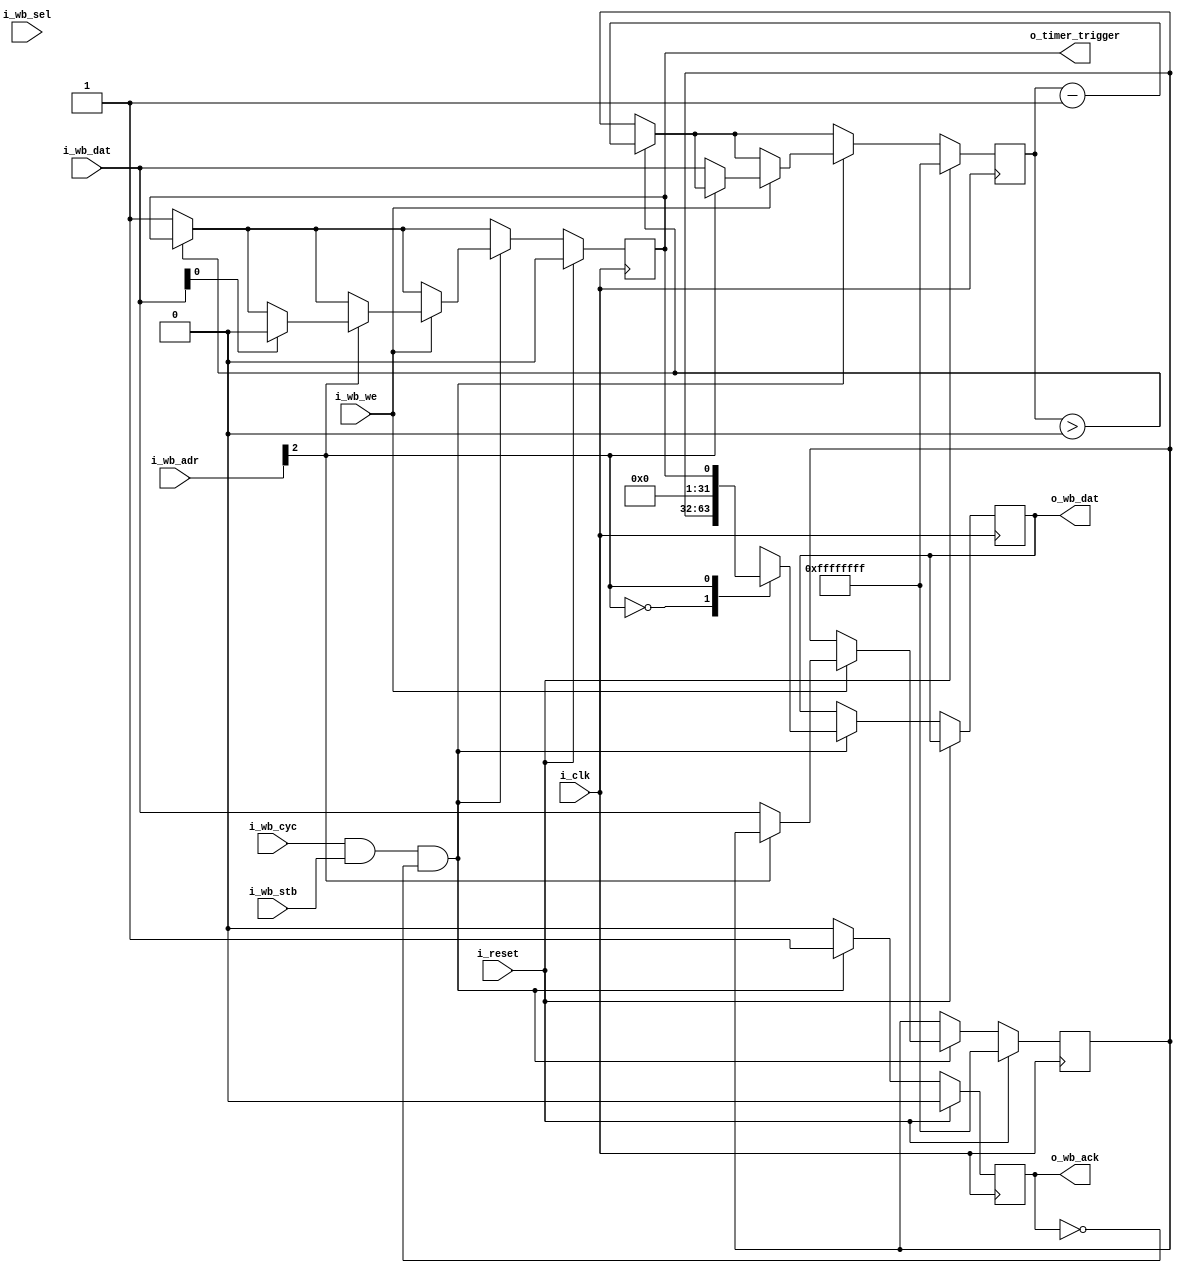
`default_nettype none

module timer_wb(
`ifdef USE_POWER_PINS
  inout vccd1,	// User area 1 1.8V supply
  inout vssd1,	// User area 1 digital ground
`endif
  // RCC
  input wire i_clk,
  input wire i_reset,
  // Trigger out signal
  output wire o_timer_trigger,
  // Wishbone
  input  wire [31:0] i_wb_adr,
  input  wire [31:0] i_wb_dat,
  input  wire  [3:0] i_wb_sel,
  input  wire        i_wb_we,
  input  wire        i_wb_cyc,
  input  wire        i_wb_stb,
  output reg  [31:0] o_wb_dat,
  output reg         o_wb_ack
);

// Default prescaler value. Reloaded on reset.
parameter DEFAULT_PRESCALER = 32'hFFFF_FFFF;

// Prescaler value. Reloaded onto the downcounter on update.
reg [31:0] prescaler = DEFAULT_PRESCALER;

// Downcounter. Trigger output is latched high when this hits zero.
reg [31:0] downcounter = DEFAULT_PRESCALER;

// Register the output trigger signal
reg timer_trigger = 0;
assign o_timer_trigger = timer_trigger;

// Bit indices for the flags register
localparam wb_r_FLAGS__TRIGGER = 0;

// Flags register is just a collection of bits, in this case just the trigger
wire [31:0] flags;
assign flags[wb_r_FLAGS__TRIGGER] = timer_trigger;
assign flags[31:1] = 0;

// Wishbone register addresses
// Each register is 32 bits wide
localparam
    wb_r_PRESCALER  = 1'b0,
    wb_r_FLAGS      = 1'b1,
    wb_r_MAX        = 1'b1;

// Since the incoming wishbone address from the CPU increments by 4 bytes, we
// need to right shift by 2 to get the register index
localparam reg_sel_bits = $clog2(wb_r_MAX + 1);
wire [reg_sel_bits-1:0] register_index = i_wb_adr[reg_sel_bits+1:2];

always @(posedge i_clk) begin
  if (i_reset) begin
    o_wb_ack <= 0;
    prescaler <= DEFAULT_PRESCALER;
    downcounter <= DEFAULT_PRESCALER;
    timer_trigger <= 1'b0;
  end else begin
    // Handle the downcounter
    if (downcounter > 0) begin
      downcounter <= downcounter - 1;
    end else begin
      downcounter <= prescaler;
      timer_trigger <= 1'b1;
    end

    // Wishbone interface logic
    o_wb_ack <= 1'b0;
    if (i_wb_cyc && i_wb_stb && !o_wb_ack) begin
      o_wb_ack <= 1'b1;

      // Register read
      case (register_index)
        wb_r_PRESCALER: o_wb_dat <= prescaler;
        wb_r_FLAGS:     o_wb_dat <= flags;
      endcase

      // Register write
      if (i_wb_we) begin
        case (register_index)
          wb_r_PRESCALER: begin
            // Load the new prescaler, also reset the downcounter
            prescaler <= i_wb_dat;
            downcounter <= i_wb_dat;
          end
          wb_r_FLAGS: begin
            // If the trigger bit is written, clear the trig state
            if (i_wb_dat[wb_r_FLAGS__TRIGGER])
              timer_trigger <= 1'b0;
            end
        endcase
      end
    end
  end
end

endmodule